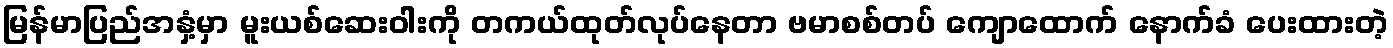
မြန်မာပြည်အနှံ့မှာ မူးယစ်ဆေးဝါးကို တကယ်ထုတ်လုပ်နေတာ ဗမာစစ်တပ် ကျောထောက် နောက်ခံ ပေးထားတဲ့